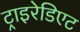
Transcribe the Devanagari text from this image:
ट्राइरेडिएट